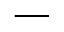
\phantom { V } \overline { { \phantom { V } } }